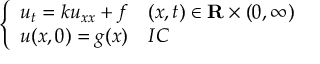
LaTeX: \left\{ \begin{array} { l l } { u _ { t } = k u _ { x x } + f } & { ( x , t ) \in \mathbf { R } \times ( 0 , \infty ) } \\ { u ( x , 0 ) = g ( x ) } & { I C } \end{array} \right.